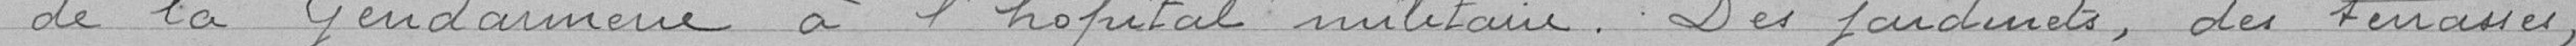
de la Gendarmerie à l'hôpital militaire. Des jardinets, des terrasses,